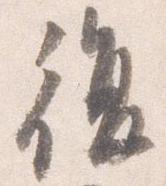
復